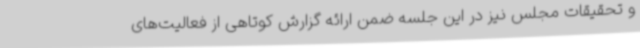
و تحقیقات مجلس نیز در این جلسه ضمن ارائه گزارش کوتاهی از فعالیت‌های